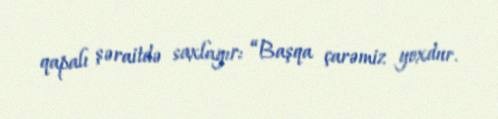
qapalı şəraitdə saxlayır: “Başqa çarəmiz yoxdur.